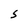
Character: S